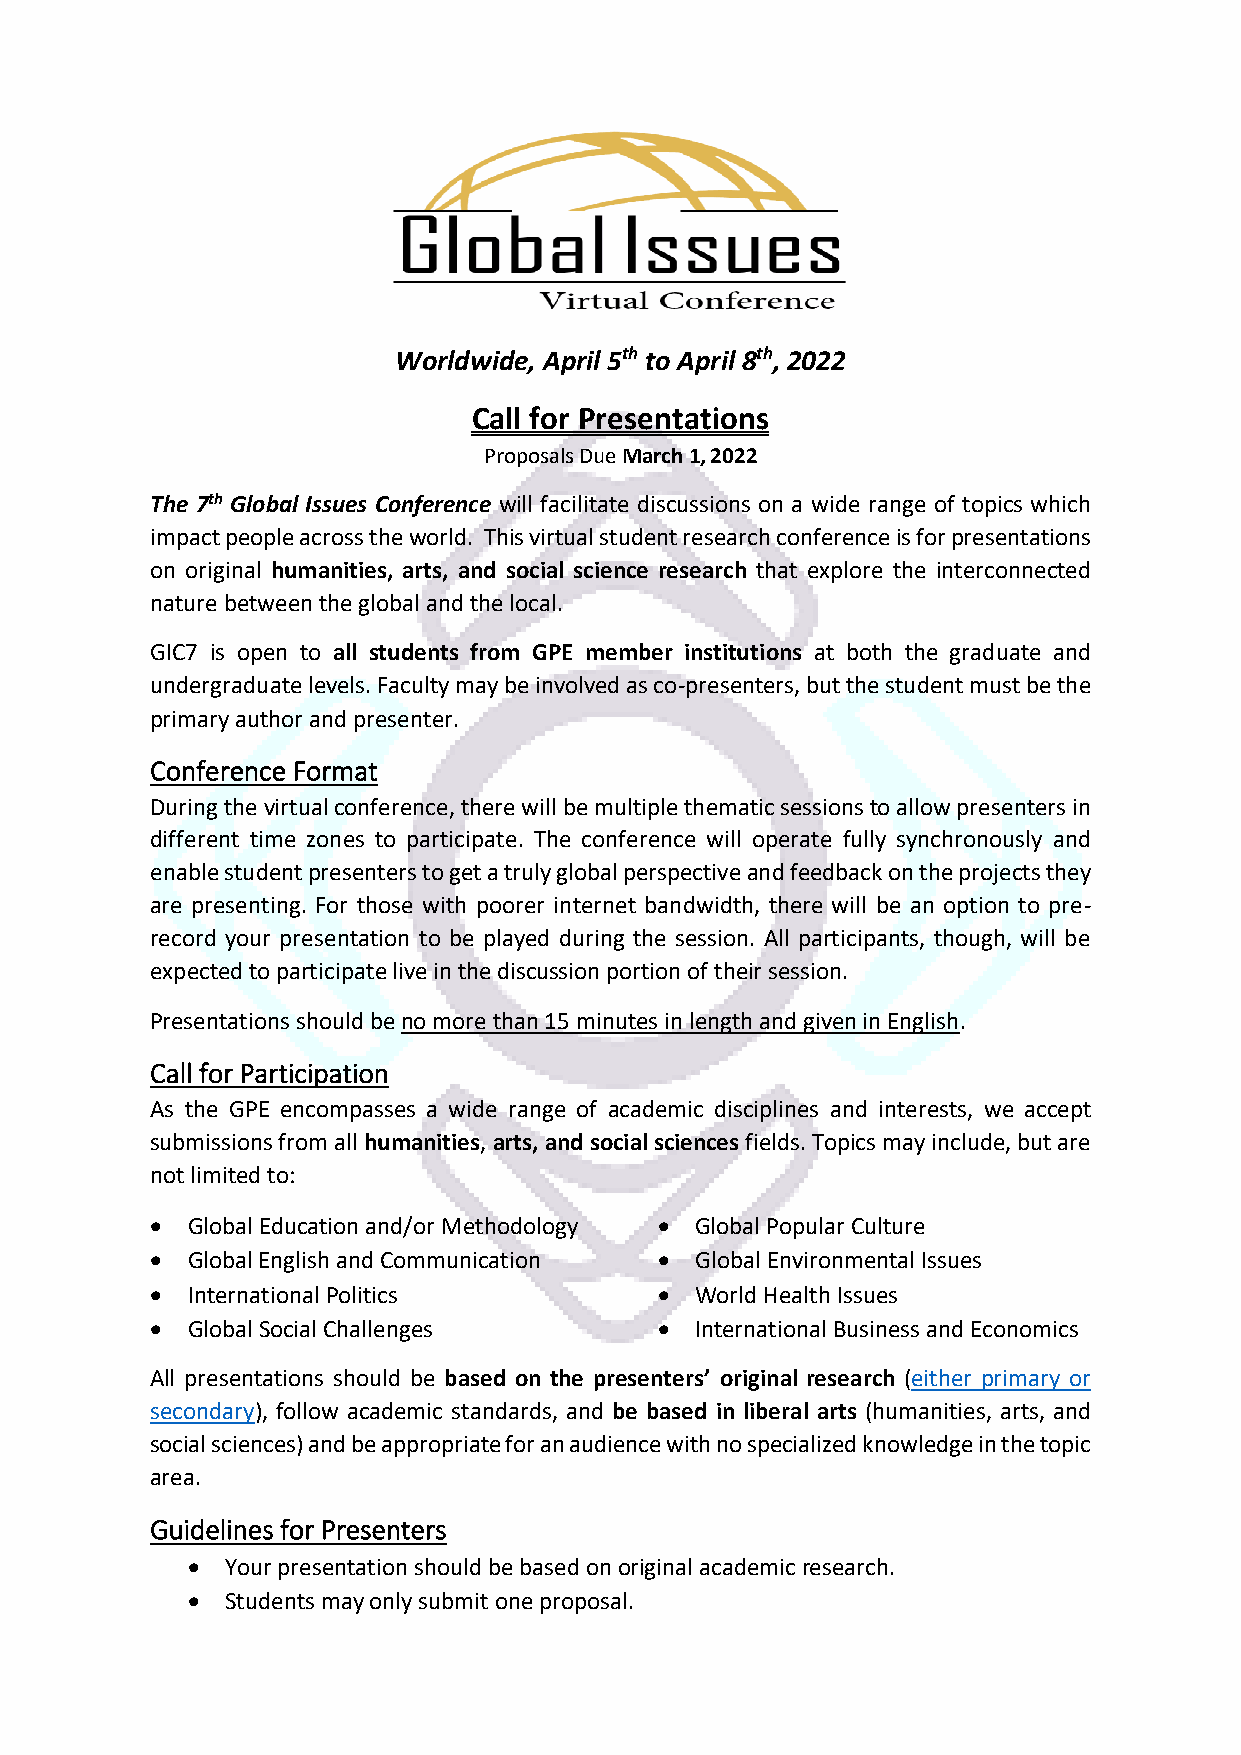
Worldwide, April 5th to April 8th, 2022
 Call for Presentations
 Proposals Due March 1, 2022
 The 7th Global Issues Conference will facilitate discussions on a wide range of topics which
 impact people across the world. This virtual student research conference is for presentations
 on original humanities, arts, and social science research that explore the interconnected
 nature between the global and the local.
 GIC7 is open to all students from GPE member institutions at both the graduate and
 undergraduate levels. Faculty may be involved as co-presenters, but the student must be the
 primary author and presenter.
 Conference Format
 During the virtual conference, there will be multiple thematic sessions to allow presenters in
 different time zones to participate. The conference will operate fully synchronously and
 enable student presenters to get a truly global perspective and feedback on the projects they
 are presenting. For those with poorer internet bandwidth, there will be an option to pre-
 record your presentation to be played during the session. All participants, though, will be
 expected to participate live in the discussion portion of their session.
 Presentations should be no more than 15 minutes in length and given in English.
 Call for Participation
 As the GPE encompasses a wide range of academic disciplines and interests, we accept
 submissions from all humanities, arts, and social sciences fields. Topics may include, but are
 not limited to:
 • Global Education and/or Methodology • Global Popular Culture
 • Global English and Communication • Global Environmental Issues
 • International Politics          • World Health Issues
 • Global Social Challenges        • International Business and Economics
 All presentations should be based on the presenters’ original research (either primary or
 secondary), follow academic standards, and be based in liberal arts (humanities, arts, and
 social sciences) and be appropriate for an audience with no specialized knowledge in the topic
 area.
 Guidelines for Presenters
 •  Your presentation should be based on original academic research.
 •  Students may only submit one proposal.